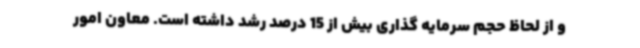
و از لحاظ حجم سرمایه گذاری بیش از 15 درصد رشد داشته است. معاون امور